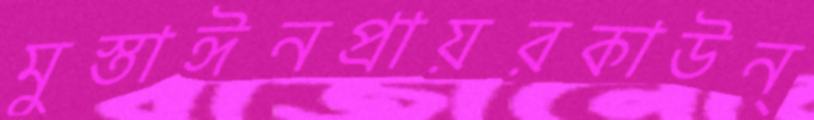
মুস্তাঈনপ্রায়রকাউন্